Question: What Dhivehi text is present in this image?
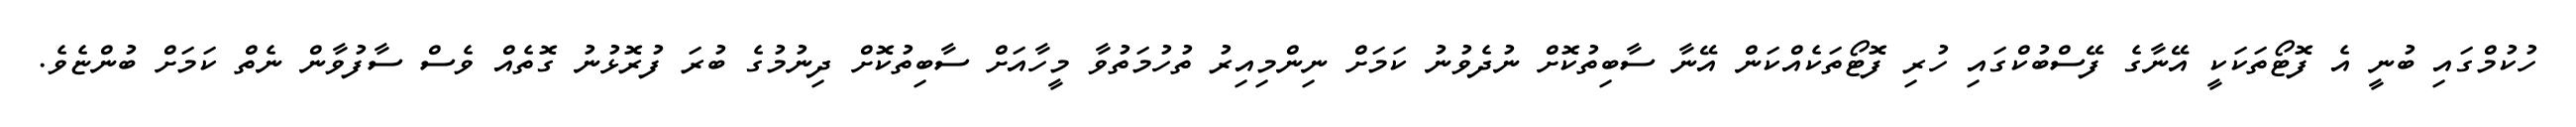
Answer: ހުކުމްގައި ބުނީ އެ ފޮޓޯތަކަކީ އޭނާގެ ފޭސްބުކްގައި ހުރި ފޮޓޯތަކެއްކަން އޭނާ ސާބިތުކޮށް ނުދެވުނު ކަމަށް ނިންމިއިރު ތުހުމަތުވާ މީހާއަށް ސާބިތުކޮށް ދިނުމުގެ ބުރަ ފުރޮޅުނު ގޮތެއް ވެސް ސާފުވާން ނެތް ކަމަށް ބުންޏެވެ.